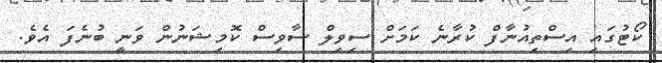
ކޯޓުގައި އިސްތިއުނާފް ކުރާނެ ކަމަށް ސިވިލް ސާވިސް ކޮމިޝަނުން ވަނީ ބުނެފަ އެވެ.